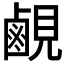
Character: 𬸳